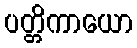
ပတ္တိကာယော